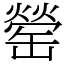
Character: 罃